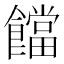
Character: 𩟈